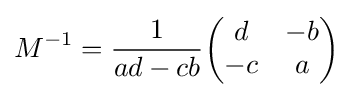
M^{-1}={\frac {1}{ad-cb}}{\begin{pmatrix}d&-b\\-c&a\end{pmatrix}}